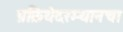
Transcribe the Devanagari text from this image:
प्रक्रियेदरम्यानचा